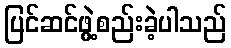
ပြင်ဆင်ဖွဲ့စည်းခဲ့ပါသည်